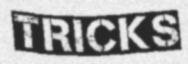
TRICKS